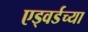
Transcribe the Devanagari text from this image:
एड्वर्डच्या